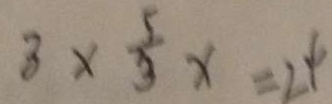
3 \times \frac { 5 } { 3 } x = 2 4